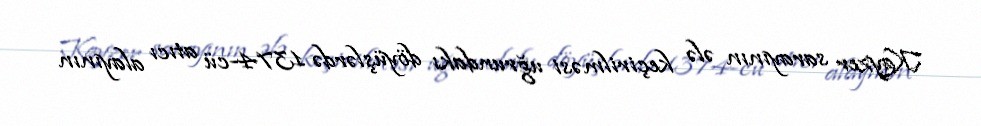
Kayzer sarayının ələ keçirilməsi uğrundakı döyüşlərdə 1374-cü atıcı alayının